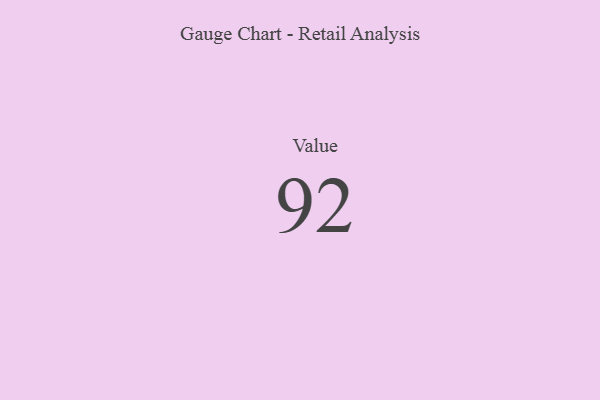
{"axis": {"x": "Metric", "y": "Value"}, "legend": [""], "data": [{"x": "Value", "y": 92, "type": ""}]}